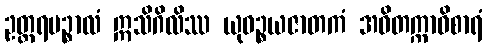
ဥတ္တရပဉ္စာလံ ဣသိဂိလိဿ ယုဓဉ္စယဇာတကံ အဝိတက္ကာဝိစာရံ